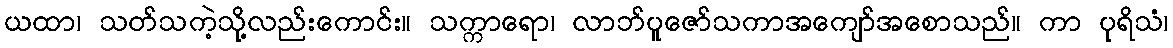
ယထာ၊ သတ်သကဲ့သို့လည်းကောင်း။ သက္ကာရော၊ လာဘ်ပူဇော်သကာအကျော်အစောသည်။ ကာ ပုရိသံ၊